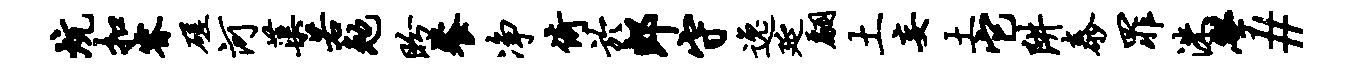
炕扣睿磋河蕖若勉盼餐净倚於郎守逸延翩土妄土它阱泰罪洙学#